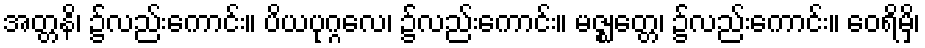
အတ္တနိ၊ ၌လည်းကောင်း။ ပိယပုဂ္ဂလေ၊ ၌လည်းကောင်း။ မဇ္ဈတ္တေ၊ ၌လည်းကောင်း။ ဝေရိမှိ၊